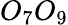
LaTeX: O_{7}O_{9}